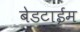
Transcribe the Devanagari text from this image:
बेडटाईम